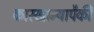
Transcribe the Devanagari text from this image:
कारखान्यापैकी